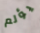
يؤلم